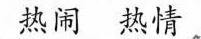
热闹 热情